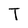
Character: T